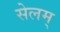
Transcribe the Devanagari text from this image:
सेलम्